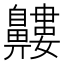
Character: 𪖹